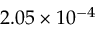
2 . 0 5 \times 1 0 ^ { - 4 }